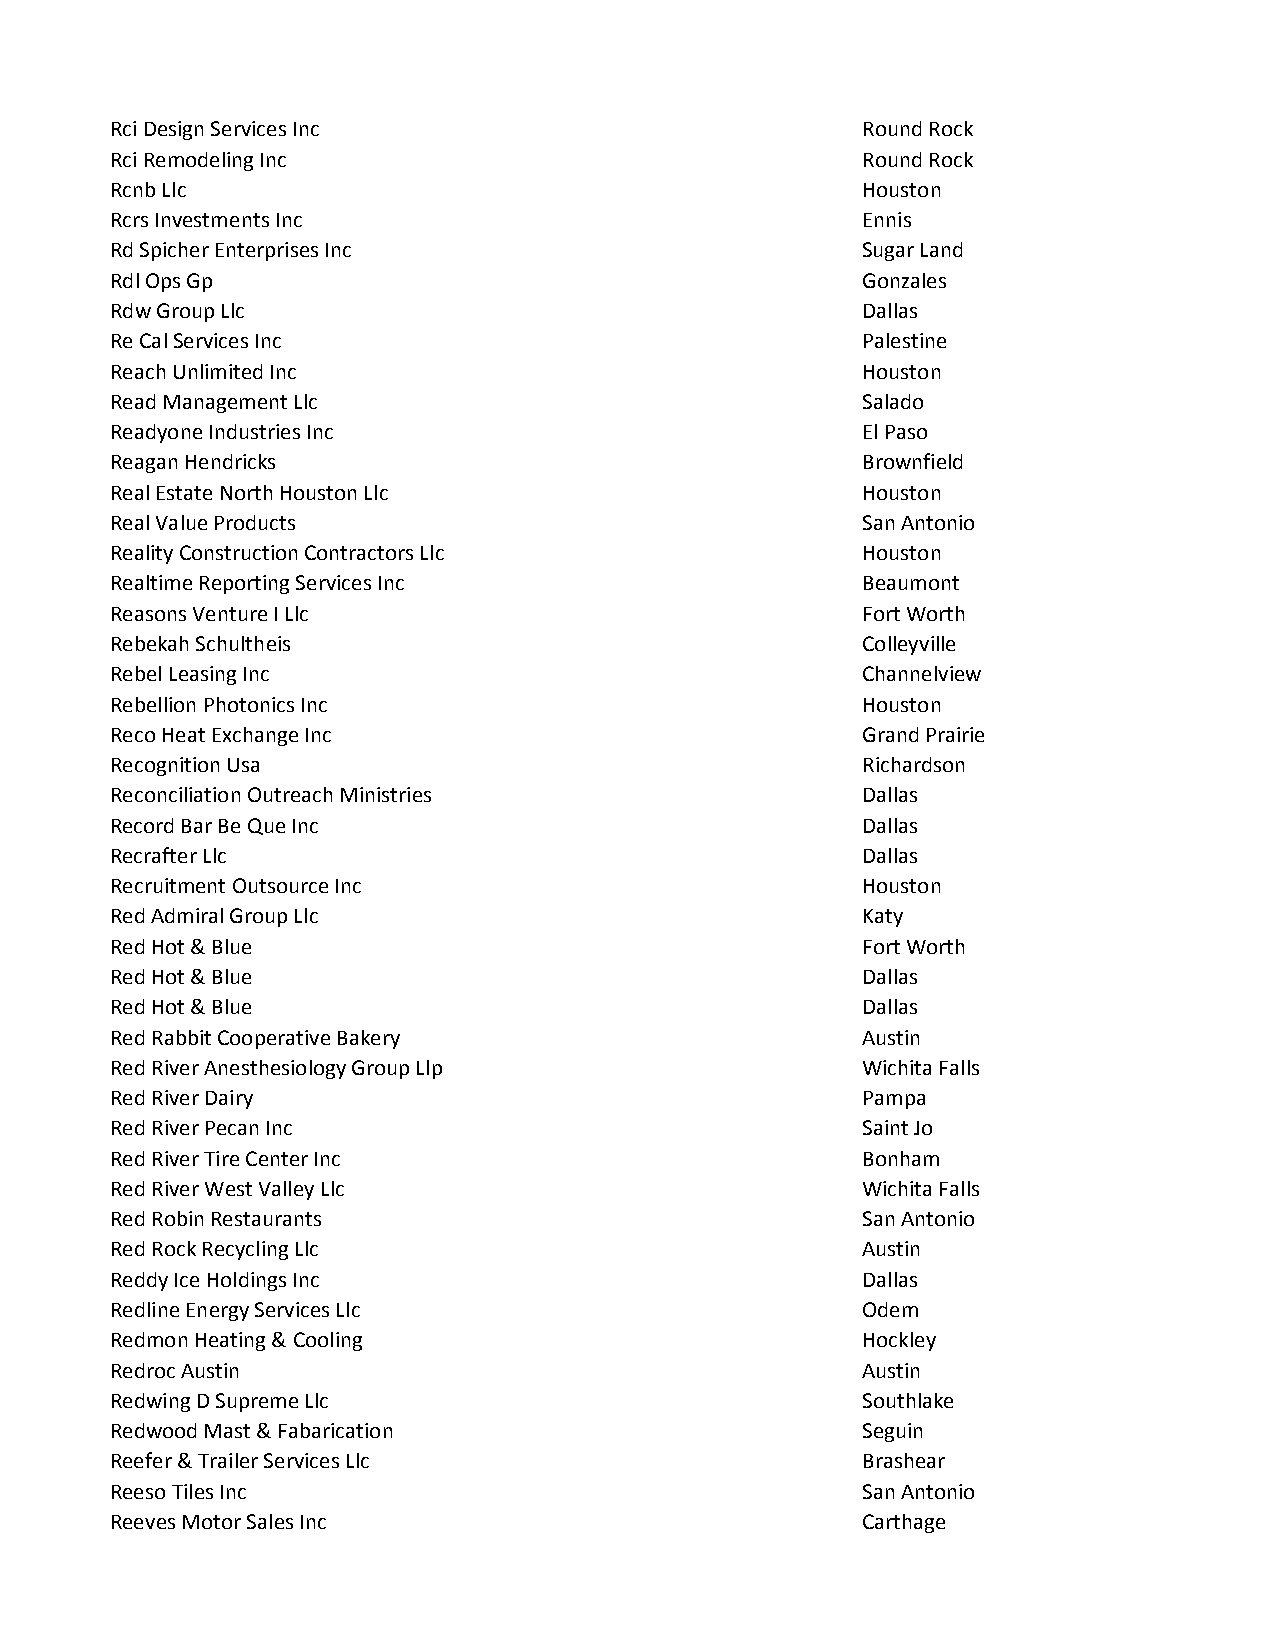
Rci Design Services Inc                           Round Rock
 Rci Remodeling Inc                                Round Rock
 Rcnb Llc                                          Houston
 Rcrs Investments Inc                              Ennis
 Rd Spicher Enterprises Inc                        Sugar Land
 Rdl Ops Gp                                        Gonzales
 Rdw Group Llc                                     Dallas
 Re Cal Services Inc                               Palestine
 Reach Unlimited Inc                               Houston
 Read Management Llc                               Salado
 Readyone Industries Inc                           El Paso
 Reagan Hendricks                                  Brownfield
 Real Estate North Houston Llc                     Houston
 Real Value Products                               San Antonio
 Reality Construction Contractors Llc              Houston
 Realtime Reporting Services Inc                   Beaumont
 Reasons Venture I Llc                             Fort Worth
 Rebekah Schultheis                                Colleyville
 Rebel Leasing Inc                                 Channelview
 Rebellion Photonics Inc                           Houston
 Reco Heat Exchange Inc                            Grand Prairie
 Recognition Usa                                   Richardson
 Reconciliation Outreach Ministries                Dallas
 Record Bar Be Que Inc                             Dallas
 Recrafter Llc                                     Dallas
 Recruitment Outsource Inc                         Houston
 Red Admiral Group Llc                             Katy
 Red Hot & Blue                                    Fort Worth
 Red Hot & Blue                                    Dallas
 Red Hot & Blue                                    Dallas
 Red Rabbit Cooperative Bakery                     Austin
 Red River Anesthesiology Group Llp                Wichita Falls
 Red River Dairy                                   Pampa
 Red River Pecan Inc                               Saint Jo
 Red River Tire Center Inc                         Bonham
 Red River West Valley Llc                         Wichita Falls
 Red Robin Restaurants                             San Antonio
 Red Rock Recycling Llc                            Austin
 Reddy Ice Holdings Inc                            Dallas
 Redline Energy Services Llc                       Odem
 Redmon Heating & Cooling                          Hockley
 Redroc Austin                                     Austin
 Redwing D Supreme Llc                             Southlake
 Redwood Mast & Fabarication                       Seguin
 Reefer & Trailer Services Llc                     Brashear
 Reeso Tiles Inc                                   San Antonio
 Reeves Motor Sales Inc                            Carthage